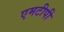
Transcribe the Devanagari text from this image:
एमटीपी